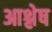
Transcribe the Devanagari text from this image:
आश्लेष